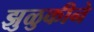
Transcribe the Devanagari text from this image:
झुळुकीने